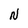
Character: N